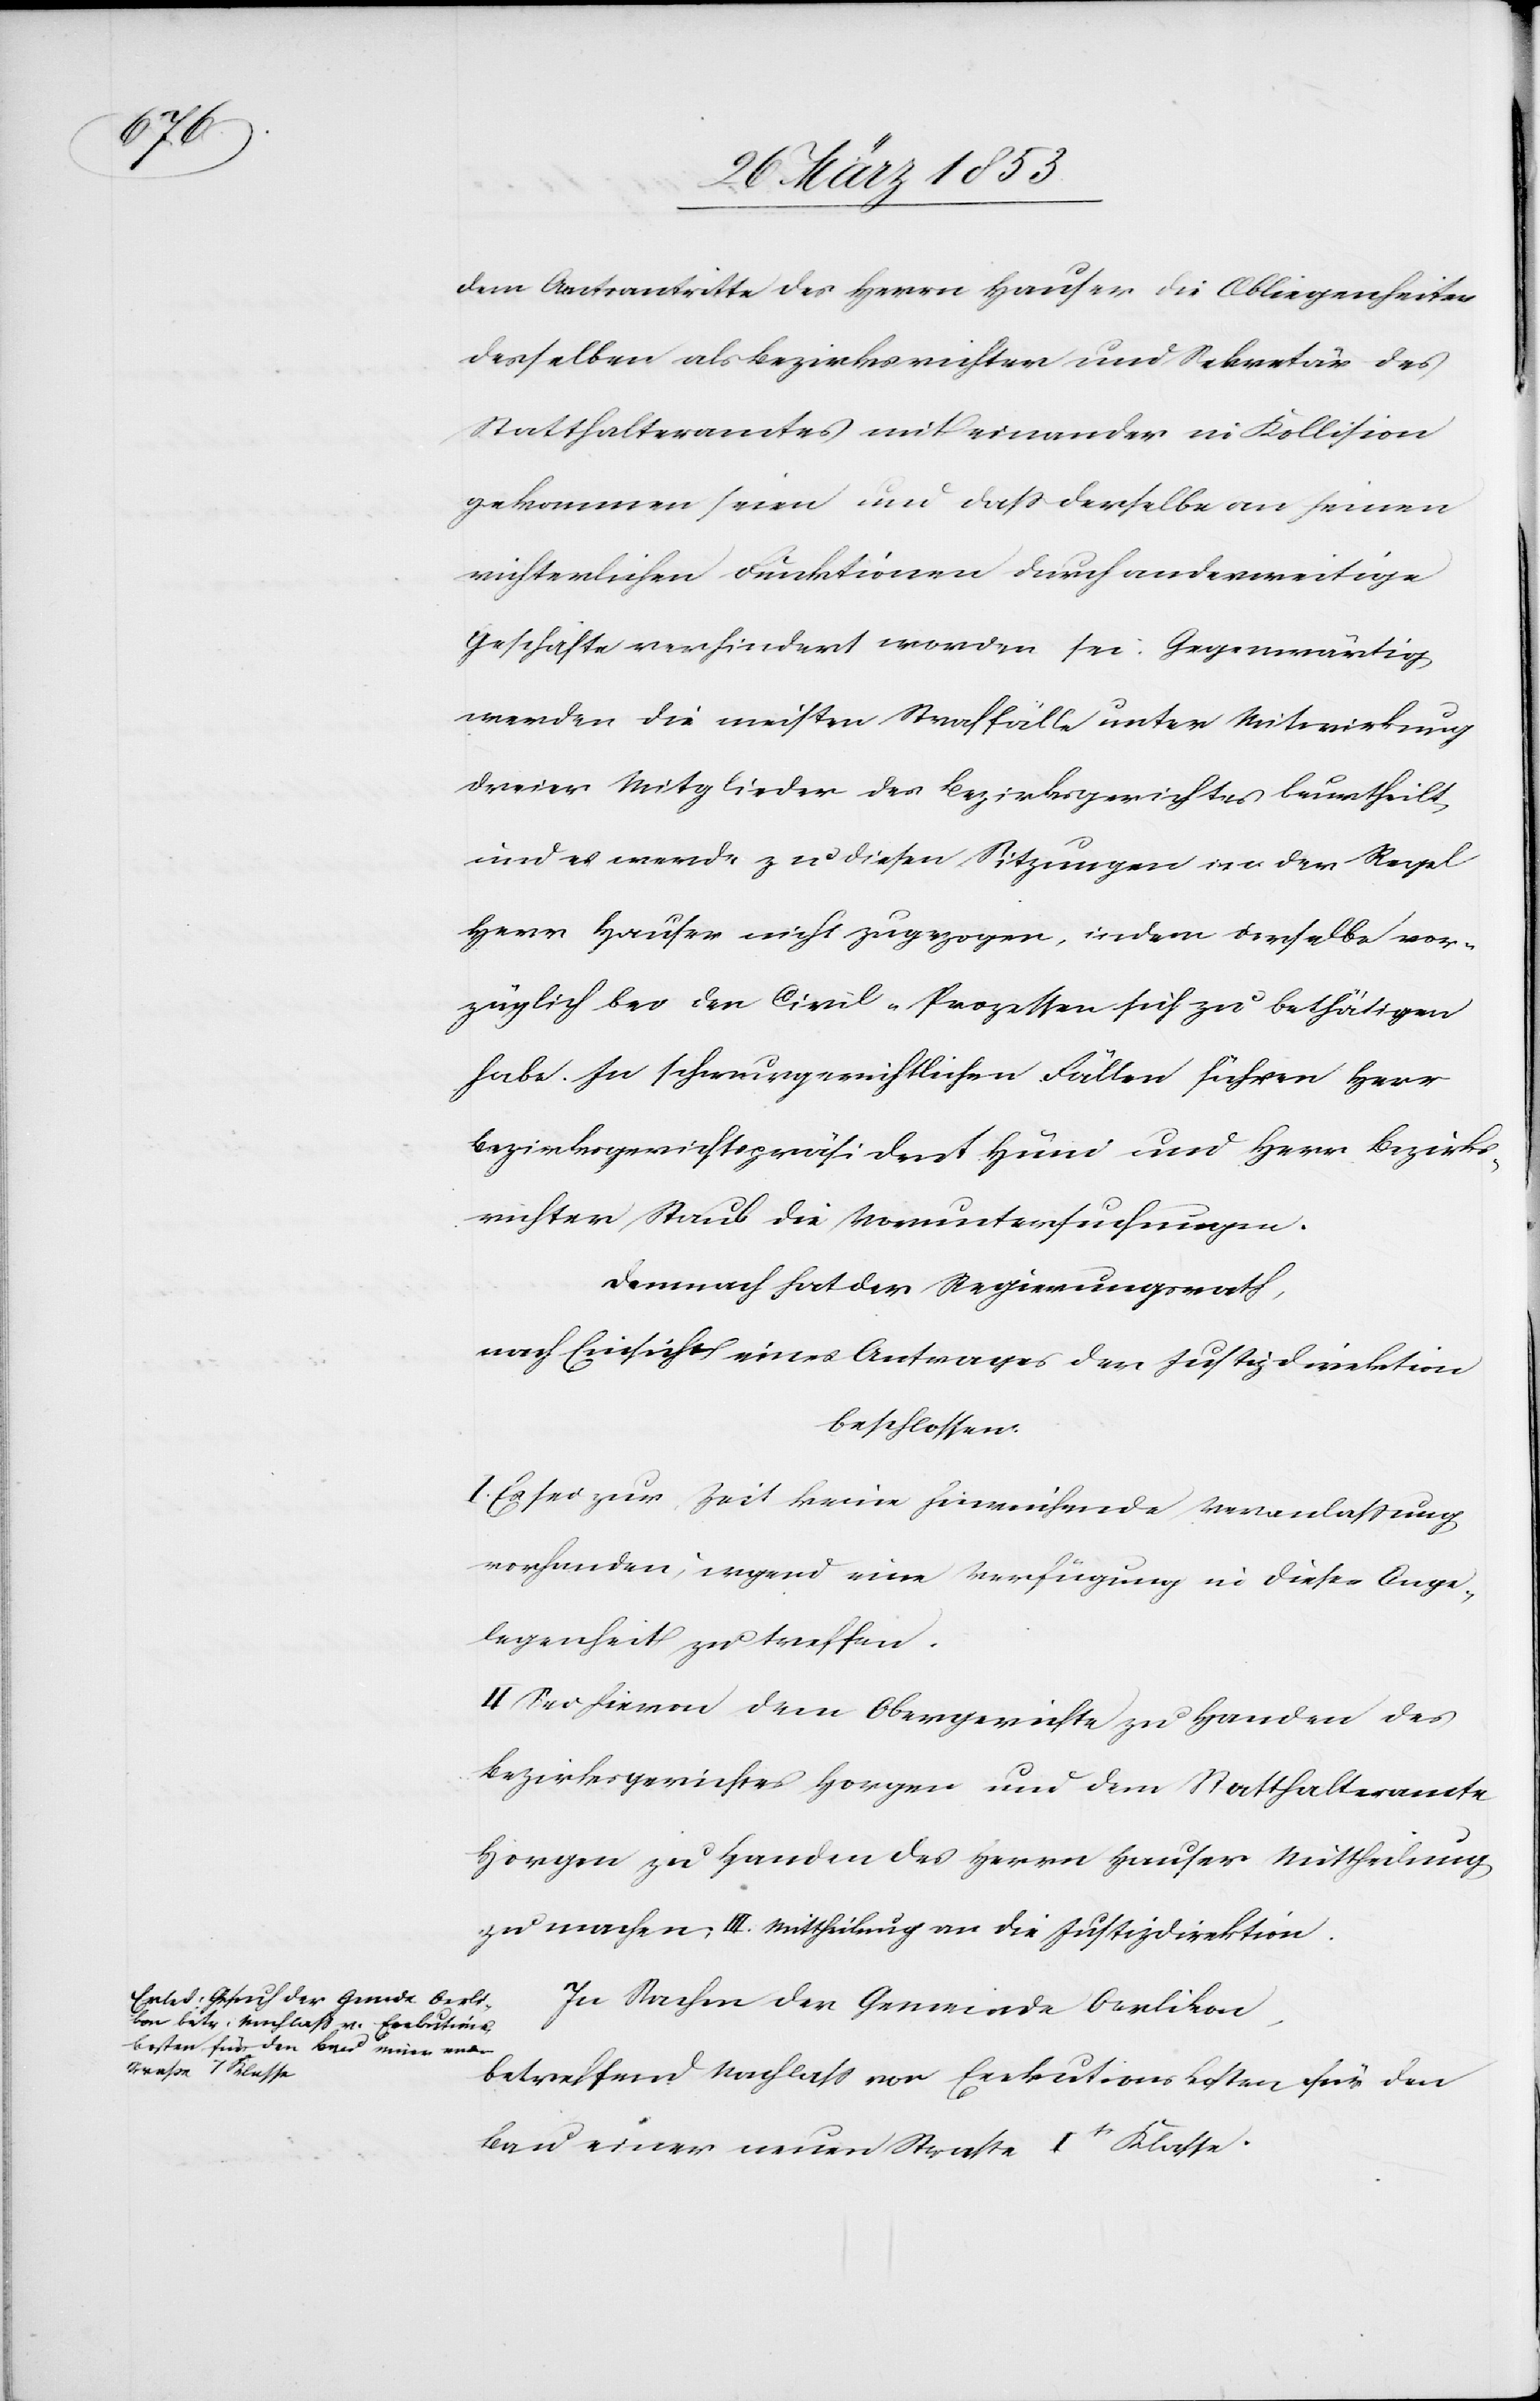
III.

dem Amtsantritte des Herrn Hauser die Obliegenheiten
desselben als Bezirksrichter und Sekretär des
Statthalteramtes miteinander in Kollision
gekommen seien und daß derselbe an seinen
richterlichen Funktionen durch anderweitige
Geschäfte verhindert worden sei: Gegenwärtig
werden die meisten Straffälle unter Mitwirkung
dreier Mitglieder des Bezirksgerichtes beurtheilt,
und es werde zu diesen Sitzungen in der Regel
Herr Hauser nicht zugezogen, indem derselbe vor¬
züglich bei den Civil-Prozessen sich zu beschäftigen
habe. In schwurgerichtlichen Fällen führen Herr
Bezirksgerichtpräsident Hüni und Herr Bezirks¬
richter Staub die Voruntersuchungen.
Demnach hat der Regierungsrath,
nach Einsicht eines Antrages der Justizdirektion
beschlossen:
I. Es sei zur Zeit keine hinreichende Veranlaßung
vorhanden, irgend eine Verfügung in dieser Ange¬
legenheit zu treffen.
II. Sei hievon dem Obergerichte zu Handen des
Bezirksgerichtes Horgen und dem Statthalteramte
Horgen zu Handen des Herrn Hauser Mittheilung
In Sachen der Gemeinde Oerlikon,
betreffend Nachlaß von Exekutionskosten für den
Bau einer neuen Straße It. Klasse.